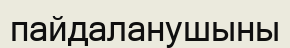
пайдаланушыны